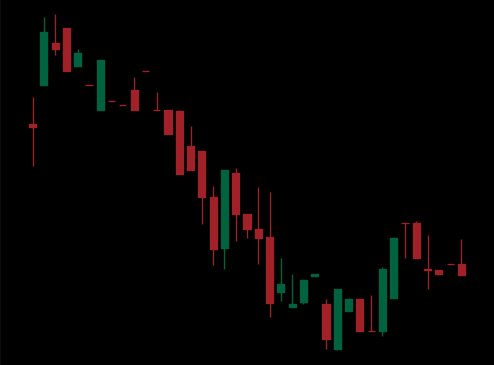
Pattern: bull_flag